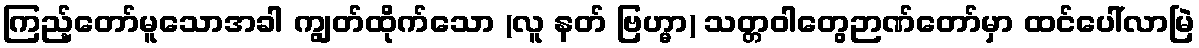
ကြည့်တော်မူသောအခါ ကျွတ်ထိုက်သော (လူ နတ် ဗြဟ္မာ) သတ္တဝါတွေဉာဏ်တော်မှာ ထင်ပေါ်လာမြဲ